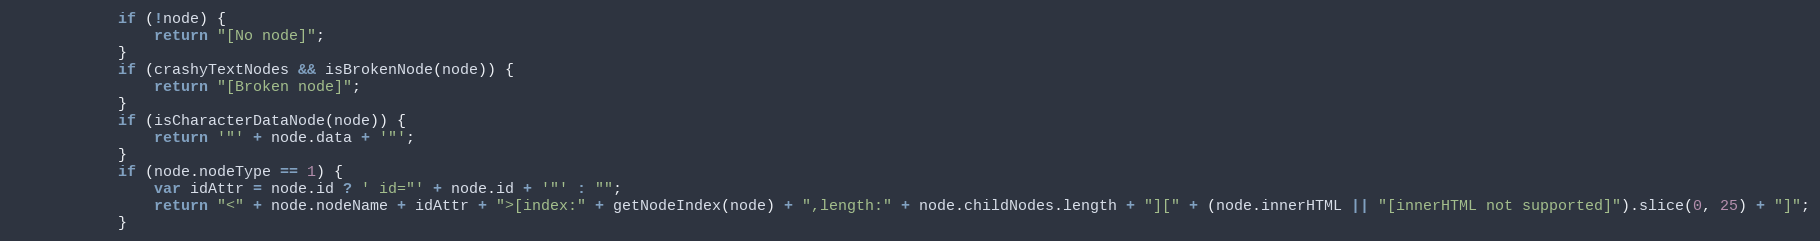
Language: JavaScript
            if (!node) {
                return "[No node]";
            }
            if (crashyTextNodes && isBrokenNode(node)) {
                return "[Broken node]";
            }
            if (isCharacterDataNode(node)) {
                return '"' + node.data + '"';
            }
            if (node.nodeType == 1) {
                var idAttr = node.id ? ' id="' + node.id + '"' : "";
                return "<" + node.nodeName + idAttr + ">[index:" + getNodeIndex(node) + ",length:" + node.childNodes.length + "][" + (node.innerHTML || "[innerHTML not supported]").slice(0, 25) + "]";
            }